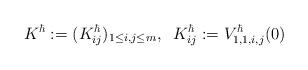
LaTeX: \begin{align*}K^\hbar:=(K^\hbar_{ij})_{1\leq i,j\leq m},\;\; K^\hbar_{ij}:= V^\hbar_{1,1,i,j}(0)\end{align*}